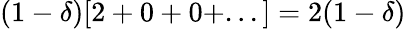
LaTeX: (1-\delta)[2+0+0+...]=2(1-\delta)